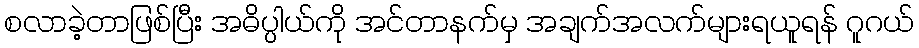
စလာခဲ့တာဖြစ်ပြီး အဓိပ္ပါယ်ကို အင်တာနက်မှ အချက်အလက်များရယူရန် ဂူဂယ်